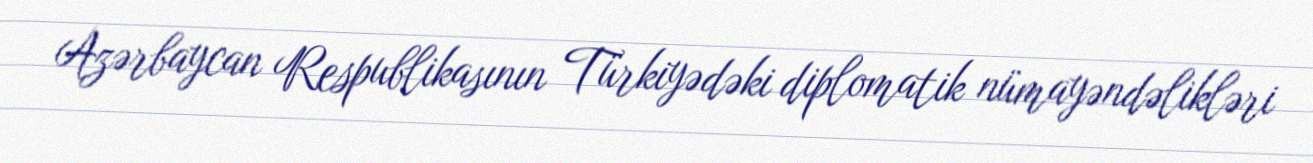
Azərbaycan Respublikasının Türkiyədəki diplomatik nümayəndəlikləri